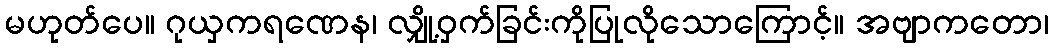
မဟုတ်ပေ။ ဂုယှကရဏေန၊ လျှို့ဝှက်ခြင်းကိုပြုလိုသောကြောင့်။ အဗျာကတော၊